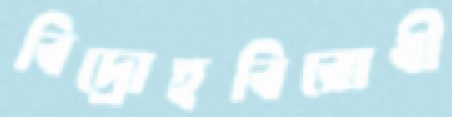
বিদ্রোহবিরোধী